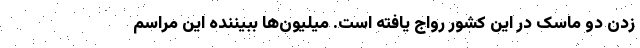
زدن دو ماسک در این کشور رواج یافته است. میلیون‌ها ببیننده این مراسم